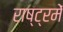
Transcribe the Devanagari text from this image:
राष्ट्रमें